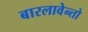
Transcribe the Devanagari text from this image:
बारलावेन्तो